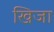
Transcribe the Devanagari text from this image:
खिजा